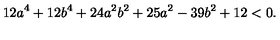
1 2 a ^ { 4 } + 1 2 b ^ { 4 } + 2 4 a ^ { 2 } b ^ { 2 } + 2 5 a ^ { 2 } - 3 9 b ^ { 2 } + 1 2 < 0 .